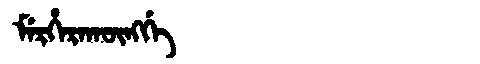
Manchu: ᠮᡝᡵᡥᡝᡵᠠᡴᡡᠩᡤᡝ
Romanization: MERHERAKŪNGGE